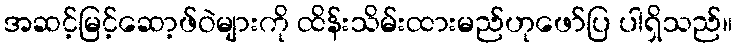
အဆင့်မြင့်ဆော့ဖ်ဝဲများကို ထိန်းသိမ်းထားမည်ဟုဖော်ပြ ပါရှိသည်။